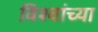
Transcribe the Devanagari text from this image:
विश्वांच्या